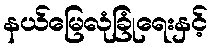
နယ်မြေလုံခြုံရေးနှင့်